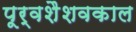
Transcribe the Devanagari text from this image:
पूर्वशैशवकाल